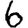
Digit: 6